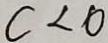
c < 0